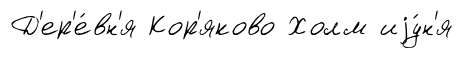
Д'ер'е́вн'я Кор'яково Холм иjу́н'я